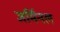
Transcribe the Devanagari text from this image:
जर्मिनल